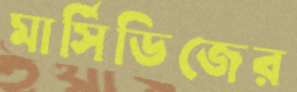
মার্সিডিজের